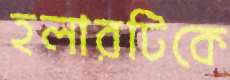
হলারটিকে